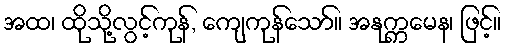
အထ၊ ထိုသို့လွင့်ကုန်, ကျေကုန်သော်။ အနုက္ကမေန၊ ဖြင့်။